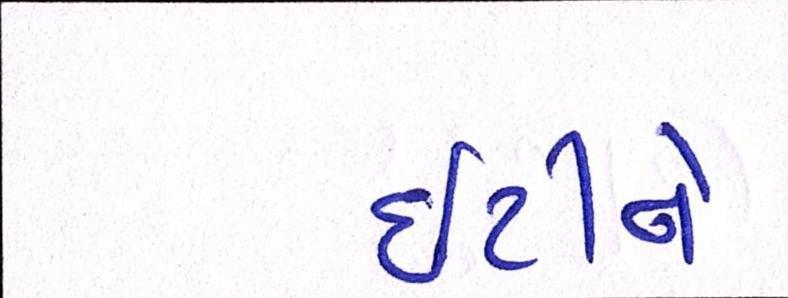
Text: ઇટીને